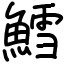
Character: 鱈